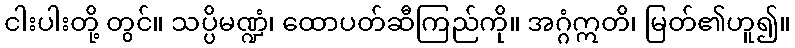
ငါးပါးတို့ တွင်။ သပ္ပိမဏ္ဍံ၊ ထောပတ်ဆီကြည်ကို။ အဂ္ဂံဣတိ၊ မြတ်၏ဟူ၍။